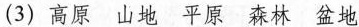
(3)高原山地平原森林盆地